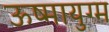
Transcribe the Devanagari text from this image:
ऊष्मायुग्म